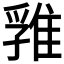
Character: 𨿚